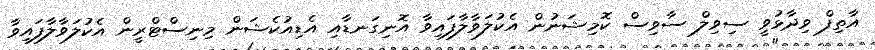
އާތިފް ވިދާޅުވީ ސިވިލް ސާވިސް ކޮމިޝަނުން އެކުލަވާލާފައިވާ އޮނިގަނޑާއި އެޑިއުކެޝަން މިނިސްޓްރީން އެކުލަވާލާފައިވާ